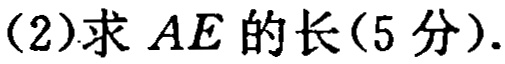
(2)求 \(AE\) 的长(5分).